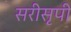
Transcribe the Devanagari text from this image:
सरीसृपी